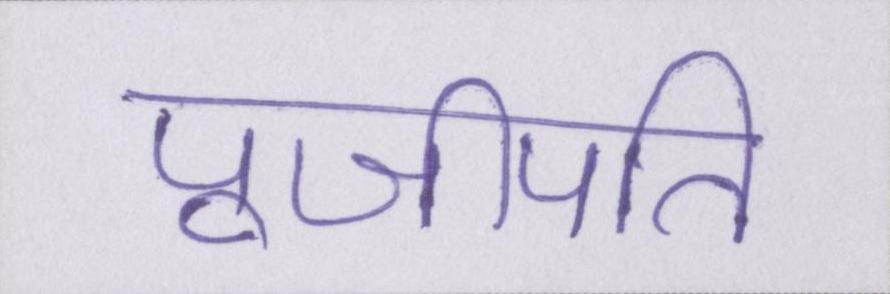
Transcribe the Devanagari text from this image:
पूजीपति